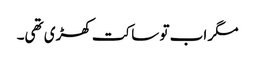
مگر اب تو ساکت کھڑی تھی۔